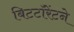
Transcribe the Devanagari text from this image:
बिटटॉरेंटने